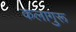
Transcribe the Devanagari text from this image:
कलागुरू